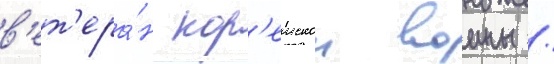
в'ет'ера́н кор'еискои воины /